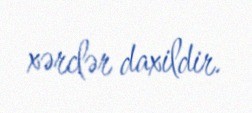
xərclər daxildir.